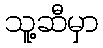
သူ့ဆီမှာ